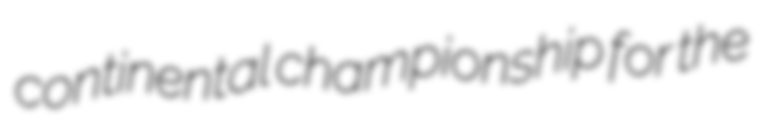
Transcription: continental championship for the